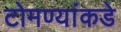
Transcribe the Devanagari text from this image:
टोमण्यांकडे